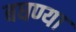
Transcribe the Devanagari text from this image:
बघण्या